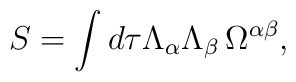
S= \int d \tau \Lambda_\alpha \Lambda_\beta\, \Omega^{\alpha\beta},